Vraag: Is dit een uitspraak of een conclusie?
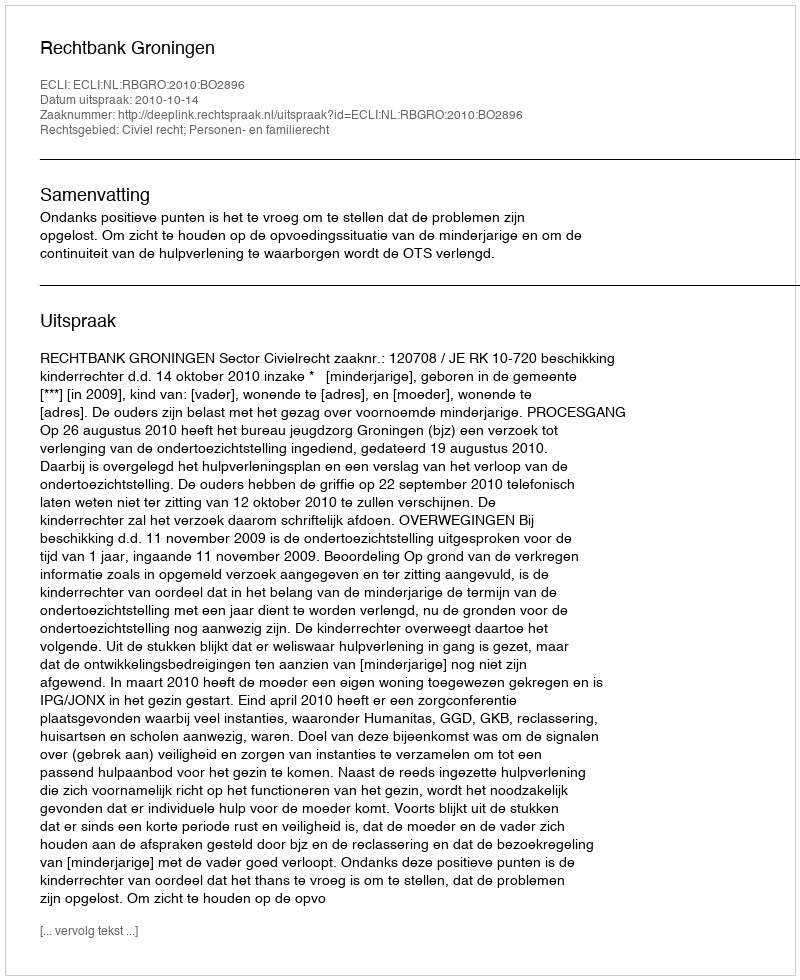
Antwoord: Uitspraak